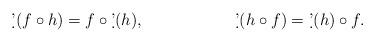
LaTeX: \begin{align*}\allowdisplaybreaks\d'(f \circ h)&=f\circ \d'(h), && \d'( h \circ f)=\d'(h) \circ f.\end{align*}